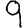
Digit: 9